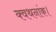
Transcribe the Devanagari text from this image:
क्वथनांक।